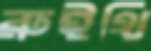
রুইথি